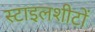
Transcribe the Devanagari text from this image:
स्टाइलशीटों